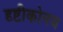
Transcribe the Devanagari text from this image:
दृष्टीकोनच